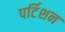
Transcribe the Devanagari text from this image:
पर्टिशन